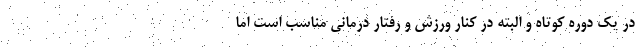
در یک دوره کوتاه و البته در کنار ورزش و رفتار درمانی مناسب است اما